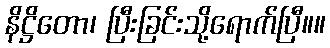
နိဋ္ဌိတော၊ ပြီးခြင်းသို့ရောက်ပြီ။။